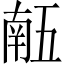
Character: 𠄼